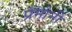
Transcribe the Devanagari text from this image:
प्रमोनी